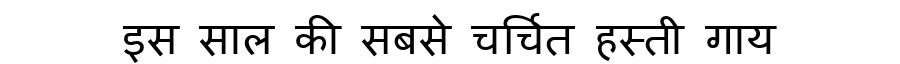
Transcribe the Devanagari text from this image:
इस साल की सबसे चर्चित हस्ती गाय